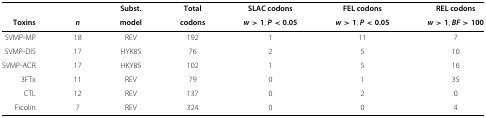
<table><thead><tr><td></td><td></td><td><b>Subst.</b></td><td><b>Total</b></td><td><b>SLAC codons</b></td><td><b>FEL codons</b></td><td><b>REL codons</b></td></tr><tr><td><b>Toxins</b></td><td><b><i>n</i></b></td><td><b>model</b></td><td><b>codons</b></td><td><b><i>w</i>&gt;1; <i>P</i>&lt;0 <i>.</i>05</b></td><td><b><i>w</i>&gt;1; <i>P</i>&lt;0 <i>.</i>05</b></td><td><b><i>w</i>&gt;1; <i>B</i><i>F</i>&gt;100</b></td></tr></thead><tbody><tr><td>SVMP-MP</td><td>18</td><td>REV</td><td>192</td><td>1</td><td>11</td><td>7</td></tr><tr><td>SVMP-DIS</td><td>17</td><td>HYK85</td><td>76</td><td>2</td><td>5</td><td>10</td></tr><tr><td>SVMP-ACR</td><td>17</td><td>HKY85</td><td>102</td><td>1</td><td>5</td><td>16</td></tr><tr><td>3FTx</td><td>11</td><td>REV</td><td>79</td><td>0</td><td>1</td><td>35</td></tr><tr><td>CTL</td><td>12</td><td>REV</td><td>137</td><td>0</td><td>2</td><td>0</td></tr><tr><td>Ficolin</td><td>7</td><td>REV</td><td>324</td><td>0</td><td>0</td><td>4</td></tr></tbody></table>